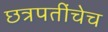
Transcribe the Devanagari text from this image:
छत्रपतींचेच